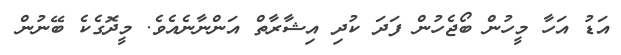
އަޑު އަހާ މީހުން ބޯޖެހުން ފަދަ ކުދި އިޝާރާތް އަންނާނެއެވެ. މީދޮގެކެ ބޭނުން